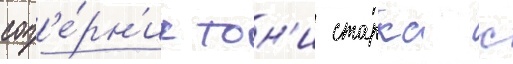
соп'е́рн'ик тон'и старка с